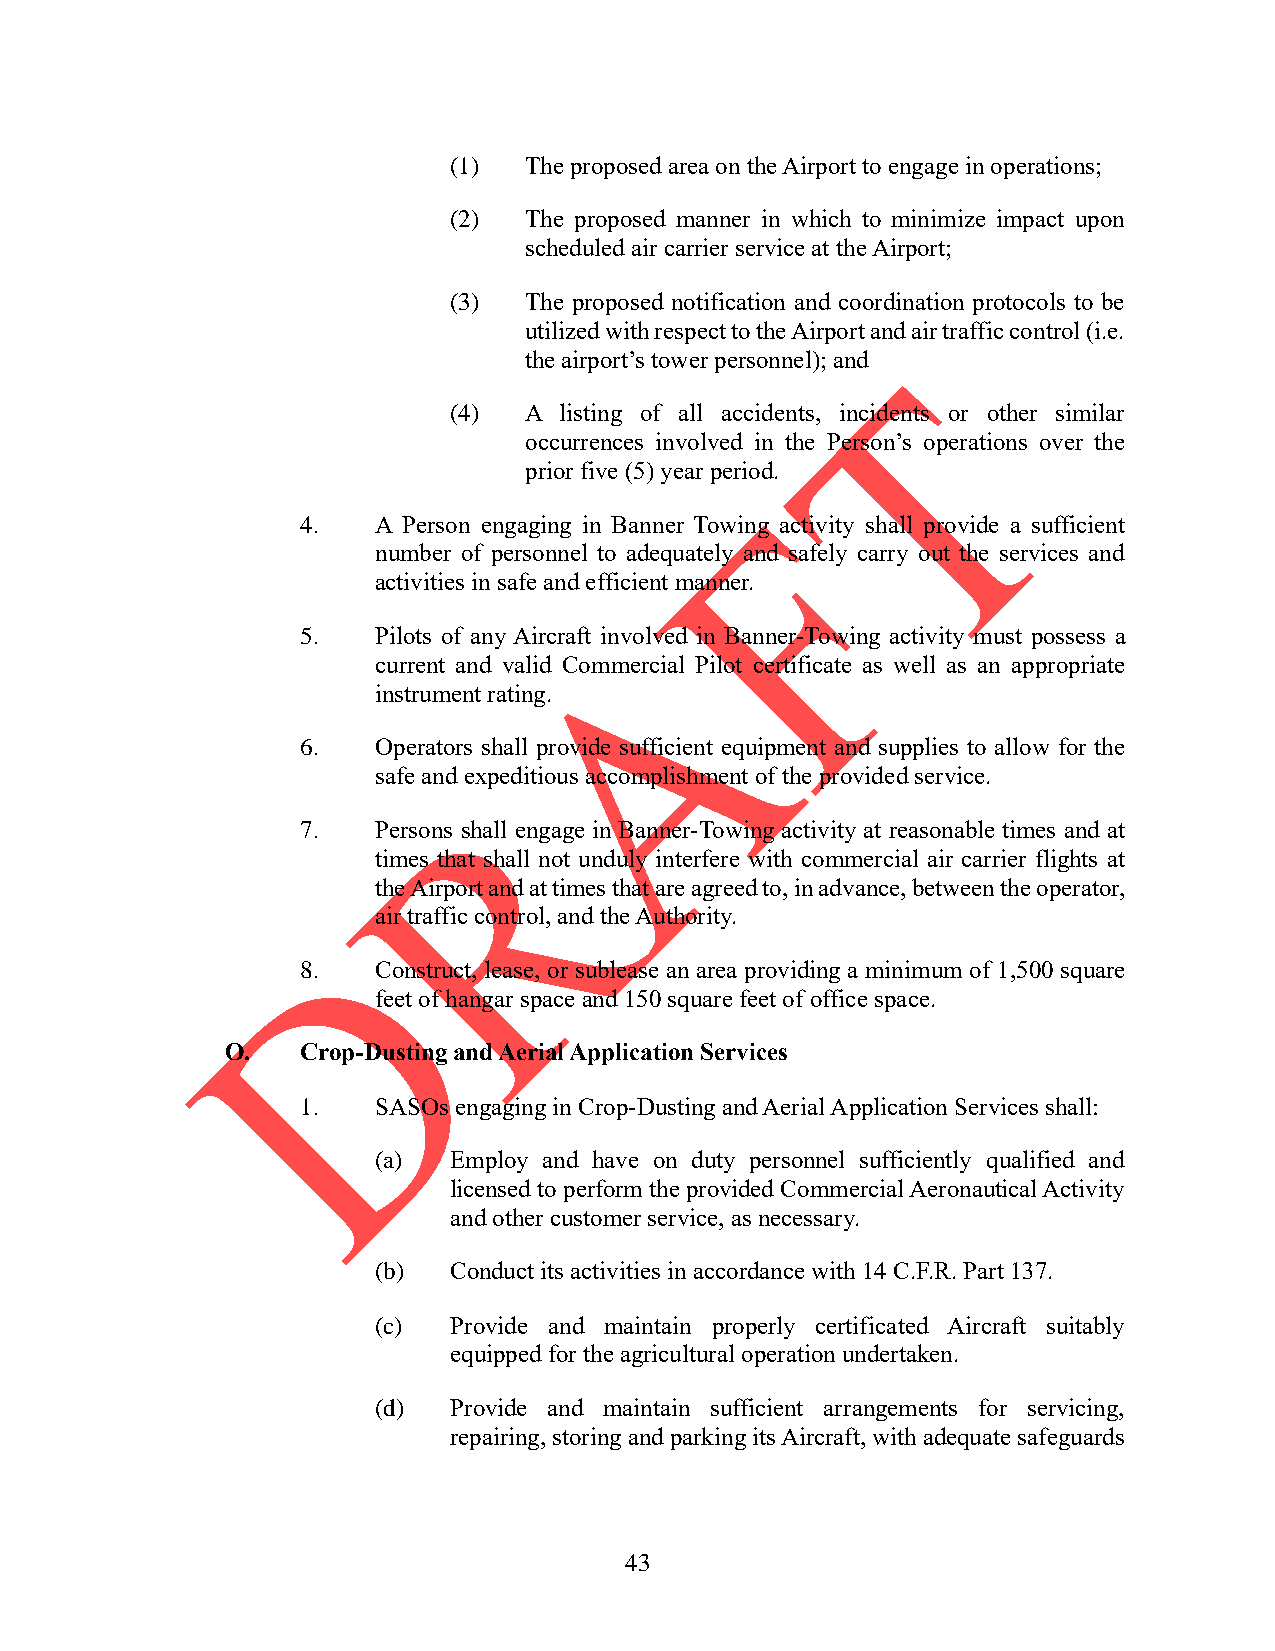
(1)  The proposed area on the Airport to engage in operations;
 (2)  The proposed manner in which to minimize impact upon
 scheduled air carrier service at the Airport;
 (3)  The proposed notification and coordination protocols to be
 utilized with respect to the Airport and air traffic control (i.e.
 the airport’s tower personnel); and
 (4)  A listing of all accidents, incidents or other similar
 occurrences involved in the Person’s operations over the
 prior five (5) year period.
 4.   A Person engaging in Banner Towing activity shall provide a sufficient
 number of personnel to adequately and safely carry out the services and
 activities in safe and efficient manner.
 5.   Pilots of any Aircraft involved in Banner-Towing activity must possess a
 current and valid Commercial Pilot certificate as well as an appropriate
 instrument rating.
 6.   Operators shall provide sufficient equipment and supplies to allow for the
 safe and expeditious accomplishment of the provided service.
 7.   Persons shall engage in Banner-Towing activity at reasonable times and at
 times that shall not unduly interfere with commercial air carrier flights at
 the Airport and at times that are agreed to, in advance, between the operator,
 air traffic control, and the Authority.
 8.   Construct, lease, or sublease an area providing a minimum of 1,500 square
 feet of hangar space and 150 square feet of office space.
 O.   Crop-Dusting and Aerial Application Services
 1.   SASOs engaging in Crop-Dusting and Aerial Application Services shall:
 (a)  Employ and have on duty personnel sufficiently qualified and
 licensed to perform the provided Commercial Aeronautical Activity
 and other customer service, as necessary.
 (b)  Conduct its activities in accordance with 14 C.F.R. Part 137.
 (c)  Provide and maintain properly certificated Aircraft suitably
 equipped for the agricultural operation undertaken.
 (d)  Provide and maintain sufficient arrangements for servicing,
 repairing, storing and parking its Aircraft, with adequate safeguards
 43